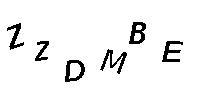
ZZDMBE